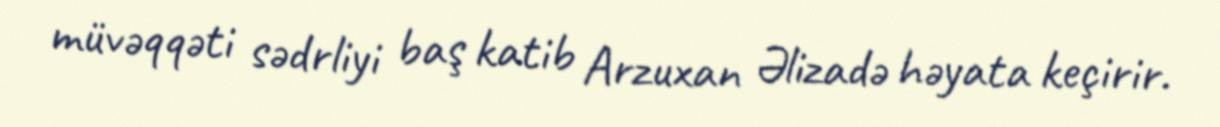
müvəqqəti sədrliyi baş katib Arzuxan Əlizadə həyata keçirir.